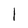
Character: I